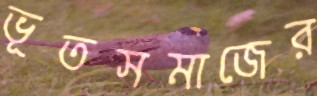
ভূতসমাজের